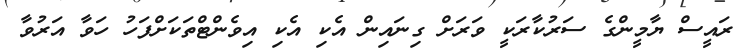
ރައީސް ޔާމީންގެ ސަރުކާރަކީ ވަރަށް ގިނައިން އެކި އެކި އިވެންޓްތަކަށްފަހު ހަވާ އަރުވާ